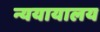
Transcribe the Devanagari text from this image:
न्ययायालय